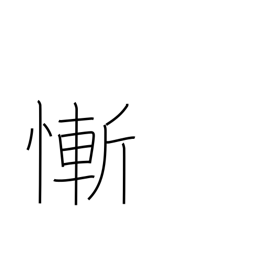
Meaning: feel ashamed